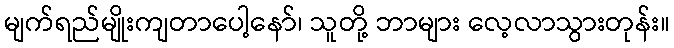
မျက်ရည်မျိုးကျတာပေါ့နော်၊ သူတို့ ဘာများ လေ့လာသွားတုန်း။